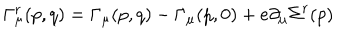
\Gamma _ { \mu } ^ { r } ( p , q ) = \Gamma _ { \mu } ( p , q ) - \Gamma _ { \mu } ( p , 0 ) + e \partial _ { \mu } \Sigma ^ { r } ( p )